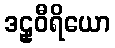
ဒဠှဝီရိယော